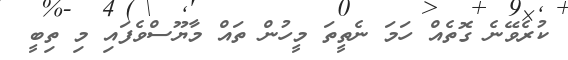
ކުރެވޭނެ ގޮތެއް ހަމަ ނެތީތަ މީހުން ތައް މާޔޫސްވެފަައި މި ތިބީ